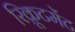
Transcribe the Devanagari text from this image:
रिक्रूटमेंट